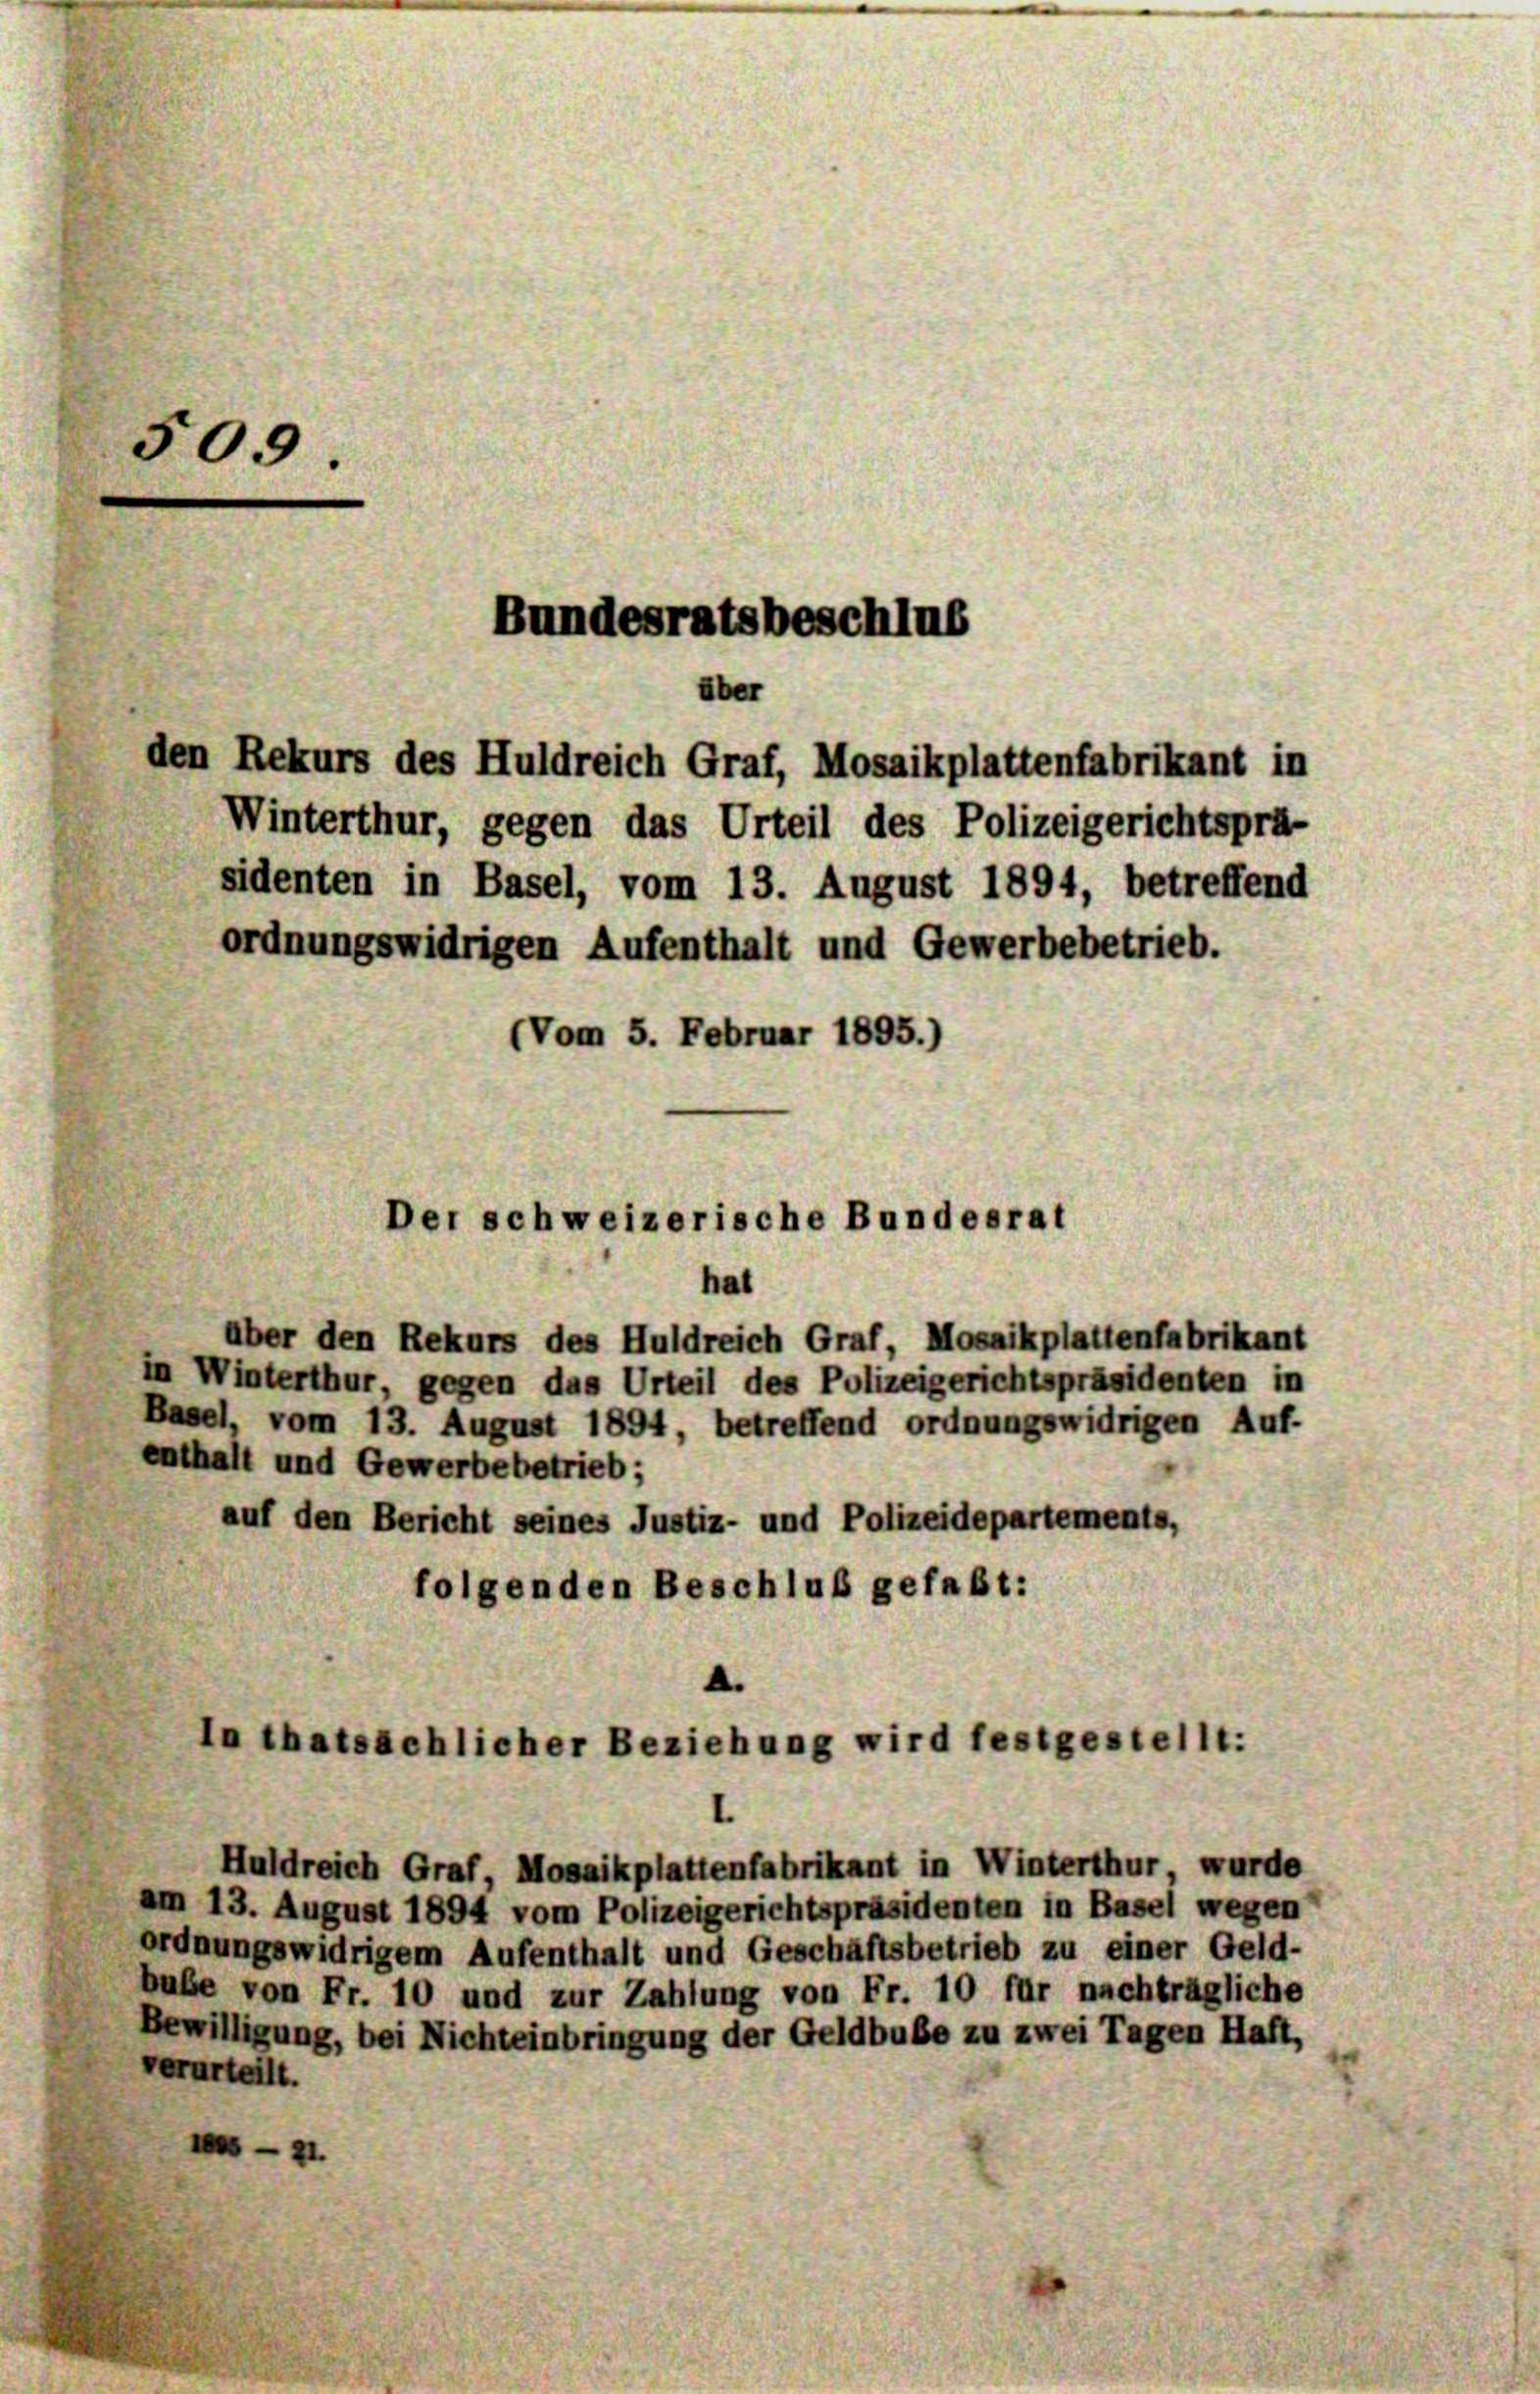
509.
den Rekurs des Huldreich Graf, Mosaikplattenfabrikant in
Winterthur, gegen das Urteil des Polizeigerichtsprä-
sidenten in Basel, vom 13. August 1894, betreffend
ordnungswidrigen Aufenthalt und Gewerbebetrieb.
(Vom 5. Februar 1895.)

Bundesratsbeschlus
über

Der schweizerische Bundesrat
hal

aber den Rekurs des Huldreich Graf, Mosaikplattenfabrikant
in Winterthur, gegen das Urteil des Polizeigerichtspräsidenten in
Basel, vom 13. August 1894, betreffend ordnungswidrigen Auf-
enthalt und Gewerbebetrieb;
auf den Bericht seines Justiz- und Polizeidepartements,
folgenden Beschluß gefaßt:

.
In thatsächlicher Beziehung wird festgestellt:

Huldreich Graf, Mosaikplattenfabrikant in Winterthur wurde
am 13. August 1894 vom Polizeigerichtspräsidenten in Basel wegen
ordnungswidrigem Aufenthalt und Geschäftsbetrieb zu einer Geld-
bube von Fr. 10 und zur Zahlung von Fr. 10 für nachträgliche
Bewilligung, bei Nichteinbringung der Geldbube zu zwei Tagen Haft,
verurteilt.
.